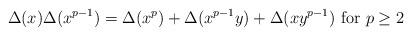
LaTeX: \begin{align*}\Delta(x) \Delta(x^{p-1}) = \Delta(x^p) + \Delta(x^{p-1}y)+\Delta(xy^{p-1}) \mbox{ {\rm for} } p\geq 2\end{align*}